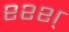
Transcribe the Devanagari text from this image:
श्श्श्